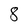
Character: 8